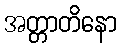
အတ္တာတိနော